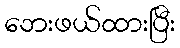
ဘေးဖယ်ထားပြီး